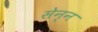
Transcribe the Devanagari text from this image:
सेन्न